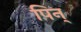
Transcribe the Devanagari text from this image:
पिन्